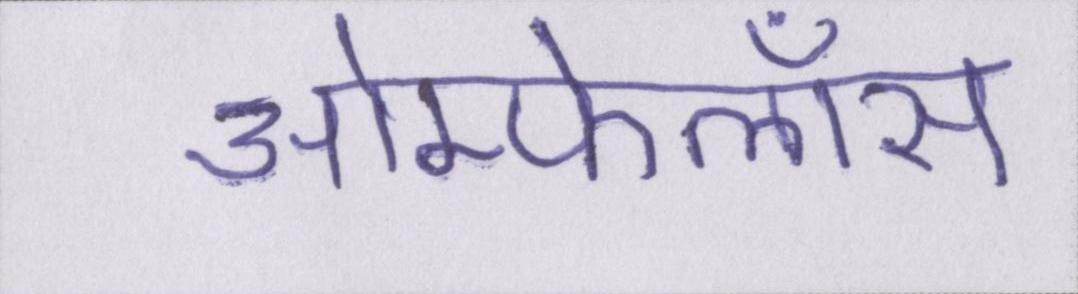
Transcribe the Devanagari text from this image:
ओम्फेलॉस